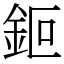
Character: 鉕